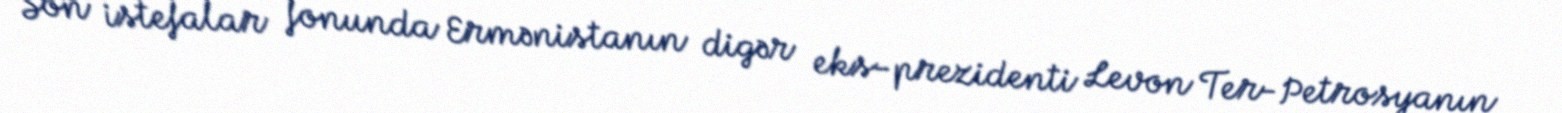
Son istefalar fonunda Ermənistanın digər eks-prezidenti Levon Ter-Petrosyanın